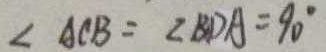
\angle A C B = \angle B D A = 9 0 ^ { \circ }